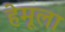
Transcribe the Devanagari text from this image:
हेमूला